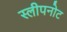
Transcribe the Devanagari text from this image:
स्लीपनोट